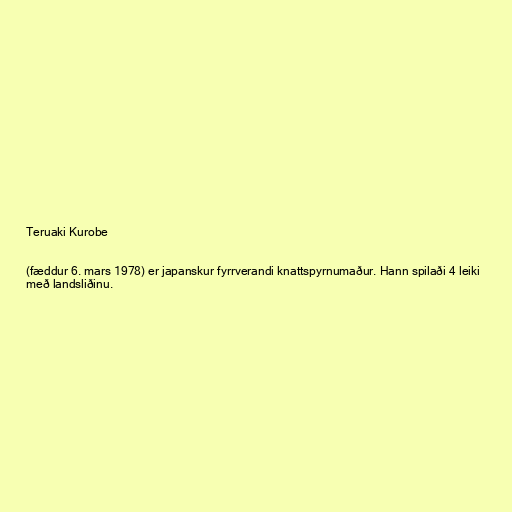
Teruaki Kurobe

(fæddur 6. mars 1978) er japanskur fyrrverandi knattspyrnumaður. Hann spilaði 4 leiki
með landsliðinu.